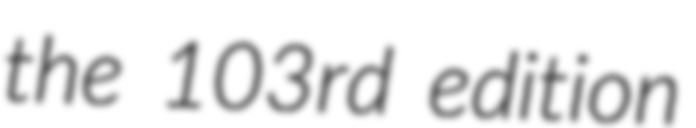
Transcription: the 103rd edition